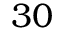
3 0